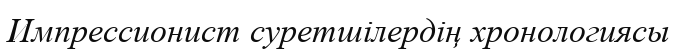
Импрессионист суретшілердің хронологиясы